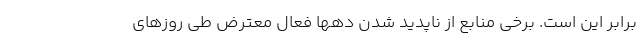
برابر این است. برخی منابع از ناپدید شدن دهها فعال معترض طی روزهای